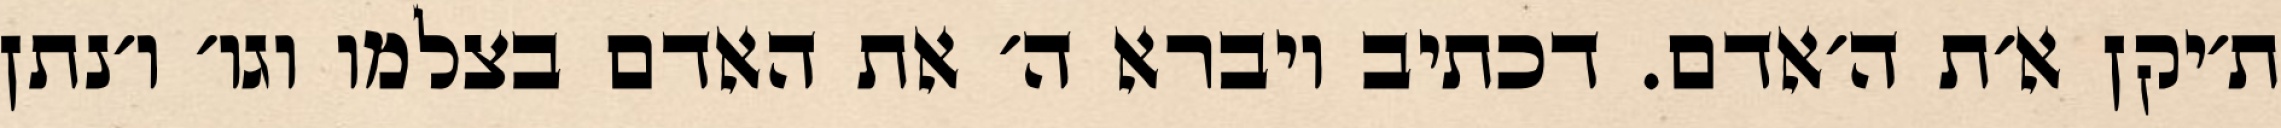
ת׳יקן א׳ת ה׳אדם. דכתיב ויברא ה׳ את האדם בצלמו וגו׳ ו׳נתן